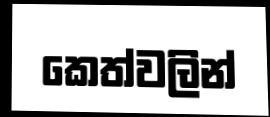
කෙත්වලින්